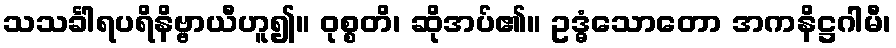
သသင်္ခါရပရိနိဗ္ဗာယီဟူ၍။ ဝုစ္စတိ၊ ဆိုအပ်၏။ ဥဒ္ဓံသောတော အကနိဋ္ဌဂါမီ၊